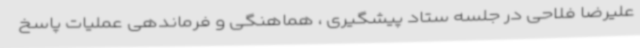
علیرضا فلاحی در جلسه ستاد پیشگیری ، هماهنگی و فرماندهی عملیات پاسخ